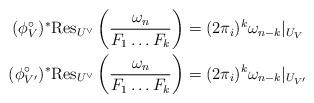
LaTeX: \begin{align*}(\phi^\circ_V)^* \mathrm{Res}_{U^\vee}\left( \frac{\omega_n}{F_1\dots F_k} \right) & = (2\pi_i)^k \omega_{n-k}|_{U_V}\\(\phi^\circ_{V'})^*\mathrm{Res}_{U^\vee}\left(\frac{\omega_n}{F_1\dots F_k} \right) &= (2\pi_i)^k \omega_{n-k}|_{U_{V'}}\end{align*}